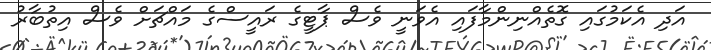
އަދި އެކަމުގައި ގޮތެއްނިންމާފައި އެވަނީ ވެސް ޕާޓީގެ ރައީސްގެ މައްޗަށް ވެސް އިތުބާރު